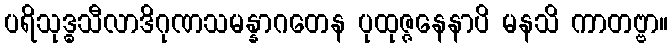
ပရိသုဒ္ဓသီလာဒိဂုဏသမန္နာဂတေန ပုထုဇ္ဇနေနာပိ မနသိ ကာတဗ္ဗာ။